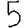
Digit: 5